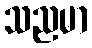
သညမာ